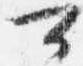
可